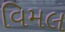
વિમલ